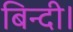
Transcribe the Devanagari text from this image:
बिन्दी।